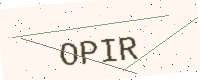
Text: OPIR